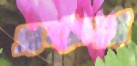
একন